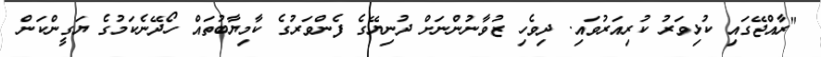
"ރާއްޖޭގައި ކުޅިވަރު ކުރިއަރުވައި. ދިވެހި ޒުވާނުންނަށް ދުނިޔޭގެ ފެންވަރުގެ ކާމިޔާބުތައް ހޯދޭނެކަމުގެ ޔަގީންކަން